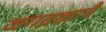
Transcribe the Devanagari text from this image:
जगद्रक्षायै